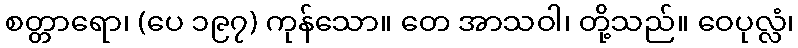
စတ္တာရော၊ (ပေ ၁၉၇) ကုန်သော။ တေ အာသဝါ၊ တို့သည်။ ဝေပုလ္လံ၊